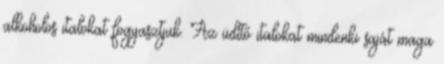
alkoholos italokat fogyasztjuk. Az üdítő italokat mindenki saját maga